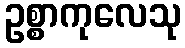
ဥစ္စာကုလေသု